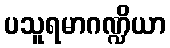
ပသူရမာဂဏ္ဍိယာ